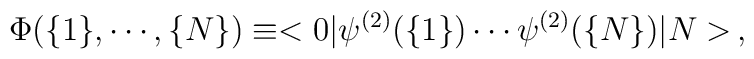
\Phi (\{1\}, \cdots, \{N\})\equiv < 0|\psi^{(2)} (\{1\}) \cdots \psi^{(2)} (\{N\}) |N > \,,